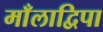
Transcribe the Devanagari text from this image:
माँलाद्विपा